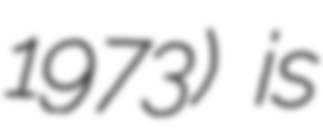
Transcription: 1973) is